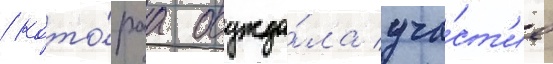
/ кото́раа осужда́ла уча́ст'ие